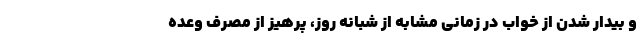
و بیدار شدن از خواب در زمانی مشابه از شبانه روز، پرهیز از مصرف وعده